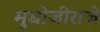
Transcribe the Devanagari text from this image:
मुधोजीराजे